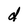
Character: d